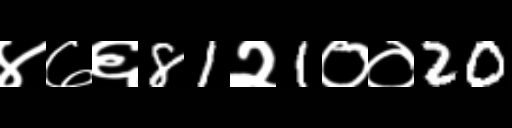
Text: ४७६81२1००20